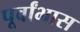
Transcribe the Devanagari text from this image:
पूर्वांभास